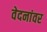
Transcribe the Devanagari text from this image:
वेदनांवर